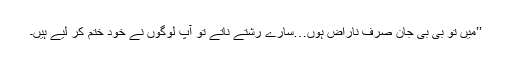
’’میں تو بی بی جان صرف ناراض ہوں…سارے رشتے ناتے تو آپ لوگوں نے خود ختم کر لیے ہیں۔